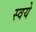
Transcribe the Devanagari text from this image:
स्वये